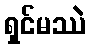
ရှင်မဿဲ